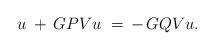
LaTeX: \begin{align*} u\;+\,GPVu\;=\,-\,GQVu.\end{align*}